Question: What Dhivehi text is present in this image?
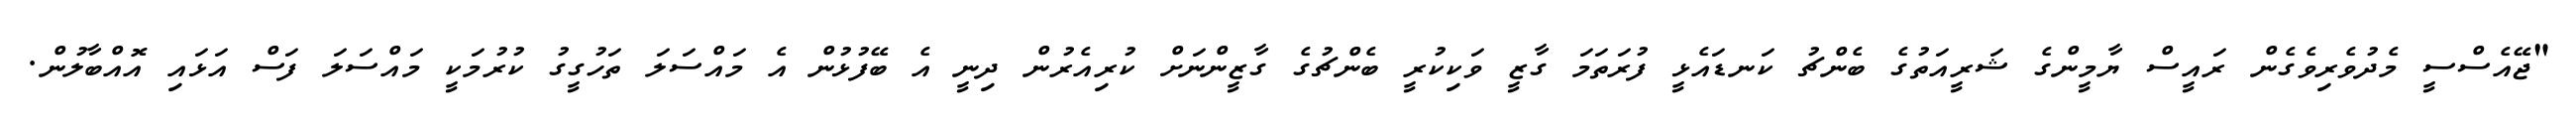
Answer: "ޖޭއެސްސީ މެދުވެރިވެގެން ރައީސް ޔާމީންގެ ޝަރީއަތުގެ ބެންޗު ކަނޑައެޅީ ފުރަތަމަ ގާޒީ ވަކިކުރީ ބެންޗުގެ ގާޒީންނަށް ކުރިއެރުން ދިނީ އެ ބޭފުޅުން އެ މައްސަލަ ތަހުގީގު ކުރުމަކީ މައްސަލަ ފަސް އަޅައި އޮއްބާލުން.